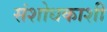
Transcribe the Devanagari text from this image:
संशोधकाशी